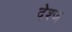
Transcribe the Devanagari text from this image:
देश्ज